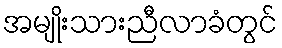
အမျိုးသားညီလာခံတွင်